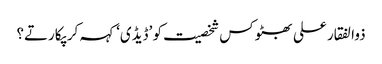
ذوالفقار علی بھٹو کس شخصیت کو ’ڈیڈی‘ کہہ کر پکارتے؟